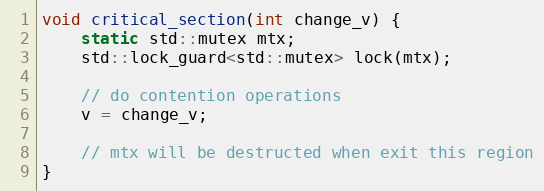
Language: C++
void critical_section(int change_v) {
    static std::mutex mtx;
    std::lock_guard<std::mutex> lock(mtx);

    // do contention operations
    v = change_v;

    // mtx will be destructed when exit this region
}